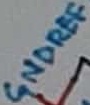
Text: GNDREF